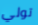
تولي